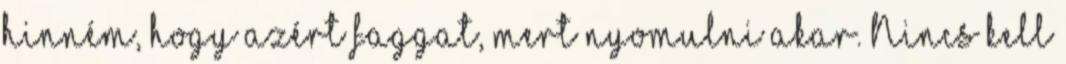
hinném, hogy azért faggat, mert nyomulni akar. Nincs kell